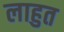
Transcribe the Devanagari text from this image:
लाहुत